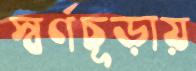
স্বর্ণচূড়ায়